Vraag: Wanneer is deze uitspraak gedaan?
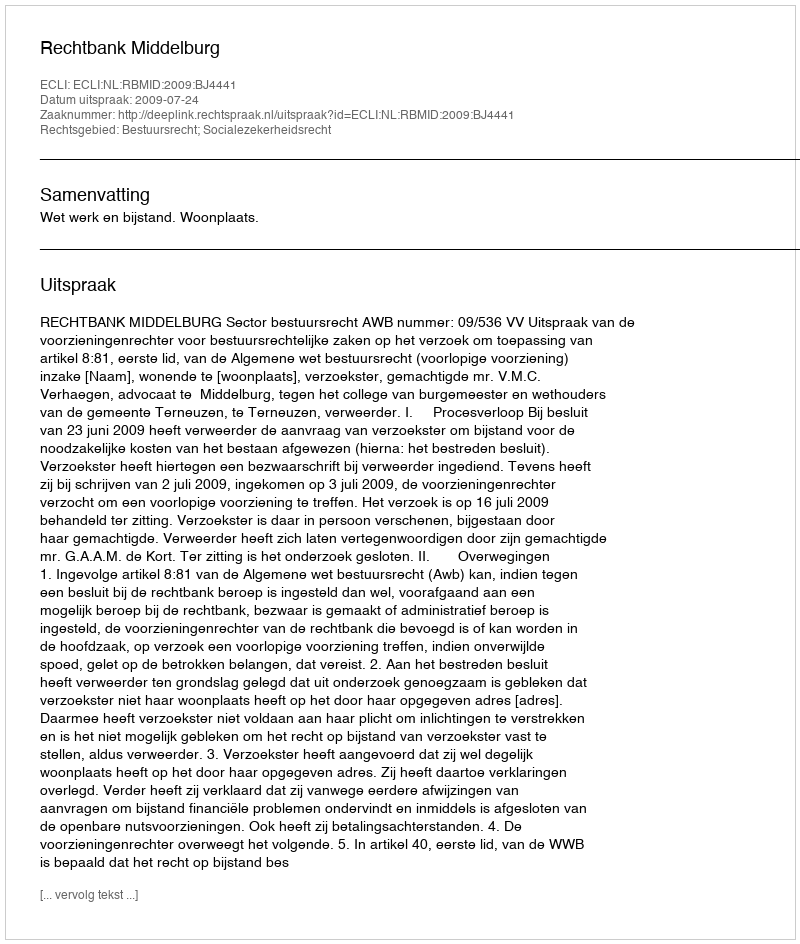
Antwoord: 2009-07-24